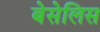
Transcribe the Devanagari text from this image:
बेसेलिस